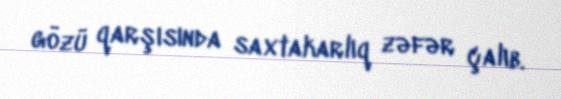
gözü qarşısında saxtakarlıq zəfər çalıb.